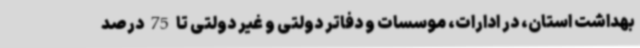
بهداشت استان، در ادارات، موسسات و دفاتر دولتی و غیر دولتی تا 75 درصد